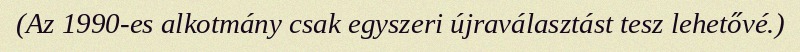
(Az 1990-es alkotmány csak egyszeri újraválasztást tesz lehetővé.)